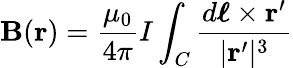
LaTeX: \mathbf{B}(\mathbf{r})={\frac{\mu_{0}}{4\pi}}I\int_{C}{\frac{d{\boldsymbol{\ell}}\times\mathbf{r^{\prime}}}{|\mathbf{r^{\prime}}|^{3}}}